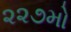
૨૨૭મો